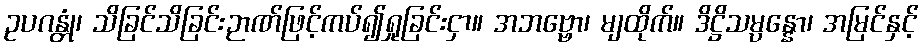
ဥပဂန္တုံ၊ သိခြင်သိခြင်းဉာဏ်ဖြင့်ကပ်၍ရှုခြင်းငှာ။ အဘဗ္ဗော၊ မျထိုက်။ ဒိဋ္ဌိသမ္ပန္နော၊ အမြင်နှင့်